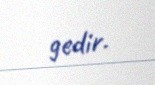
gedir.